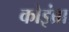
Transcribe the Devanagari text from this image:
कोइंब्रा